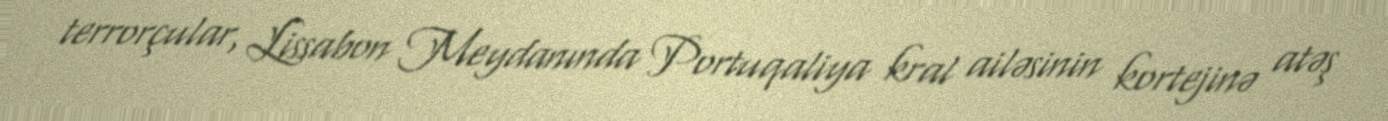
terrorçular, Lissabon Meydanında Portuqaliya kral ailəsinin kortejinə atəş